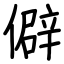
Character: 僻